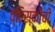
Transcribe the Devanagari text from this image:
व्हिस्कीची